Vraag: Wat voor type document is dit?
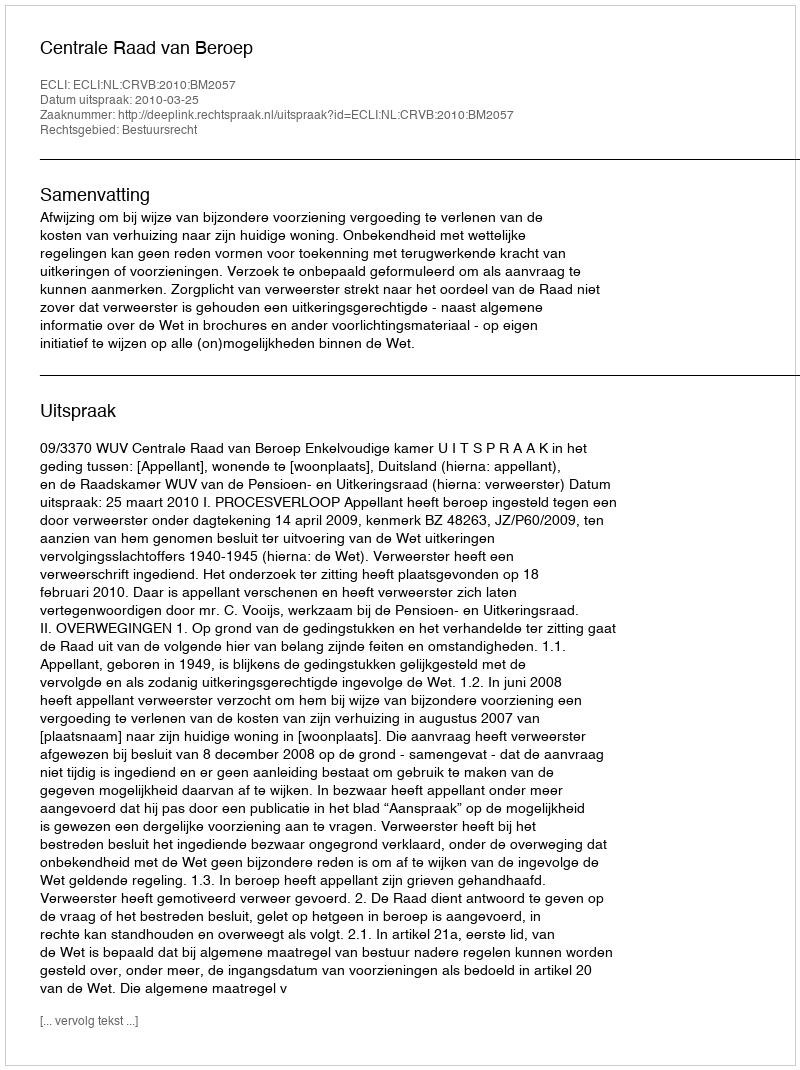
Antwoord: Uitspraak